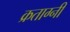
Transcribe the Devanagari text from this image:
क्रताग्नी